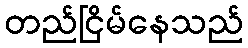
တည်ငြိမ်နေသည်